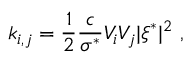
k _ { i , j } = \frac { 1 } { 2 } \frac { c } { \sigma ^ { * } } V _ { i } V _ { j } | \boldsymbol { \xi } ^ { * } | ^ { 2 } \ ,